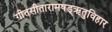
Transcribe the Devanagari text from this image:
गीतसीतारामषड्ऋतुविहार